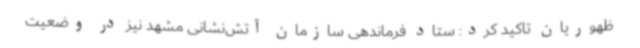
ظهوریان تاکید کرد: ستاد فرماندهی سازمان آتش‌نشانی مشهد نیز در وضعیت